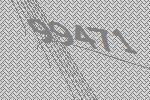
99471